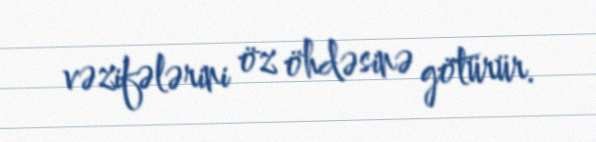
vəzifələrini öz öhdəsinə götürür.